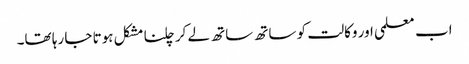
اب معلمی اور وکالت کو ساتھ ساتھ لے کر چلنا مشکل ہوتا جا رہا تھا۔